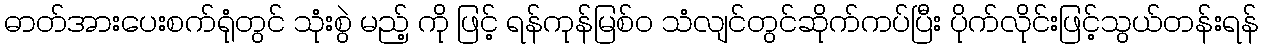
ဓာတ်အားပေးစက်ရုံတွင် သုံးစွဲ မည့် ကို ဖြင့် ရန်ကုန်မြစ်ဝ သံလျင်တွင်ဆိုက်ကပ်ပြီး ပိုက်လိုင်းဖြင့်သွယ်တန်းရန်